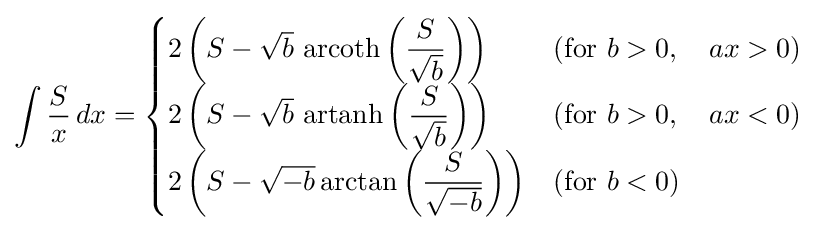
\int {\frac {S}{x}}\,dx={\begin{cases}2\left(S-{\sqrt {b}}\,\operatorname {arcoth} \left({\dfrac {S}{\sqrt {b}}}\right)\right)&{\mbox{(for }}b>0,\quad ax>0{\mbox{)}}\\2\left(S-{\sqrt {b}}\,\operatorname {artanh} \left({\dfrac {S}{\sqrt {b}}}\right)\right)&{\mbox{(for }}b>0,\quad ax<0{\mbox{)}}\\2\left(S-{\sqrt {-b}}\arctan \left({\dfrac {S}{\sqrt {-b}}}\right)\right)&{\mbox{(for }}b<0{\mbox{)}}\\\end{cases}}